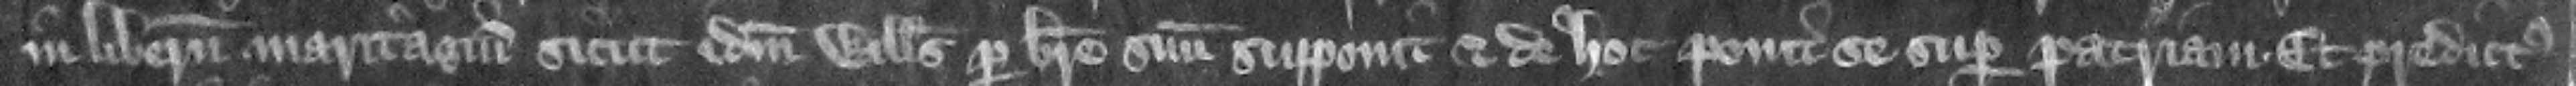
in liberum maritagium sicut idem Willelmus per breue suum supponit. Et de hoc ponit se super patriam. Et predictus